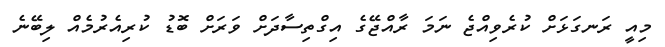
މިއީ ރަނގަޅަށް ކުރެވިއްޖެ ނަމަ ރާއްޖޭގެ އިގްތިސާދަށް ވަރަށް ބޮޑު ކުރިއެރުމެއް ލިބޭނެ